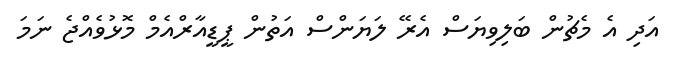
އަދި އެ މެޗުން ބަލިވިޔަސް އެރޭ ލަޔަންސް އަތުން ޕީޑީއާރްއެމް މޮޅުވެއްޖެ ނަމަ